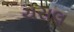
ચરાલ